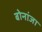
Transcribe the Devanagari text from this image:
बोनांजा